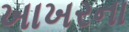
ખાખરના